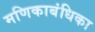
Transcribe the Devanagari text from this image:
मणिकाबंधिका